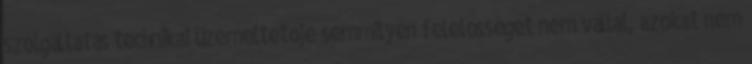
szolgáltatás technikai üzemeltetője semmilyen felelősséget nem vállal, azokat nem